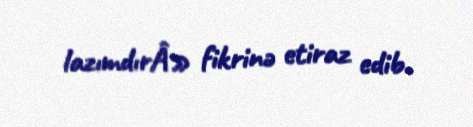
lazımdırÂ» fikrinə etiraz edib.